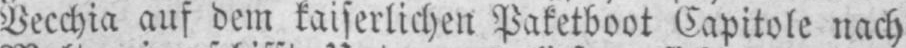
Vecchia auf dem kaiserlichen Paketboot Capitole nach